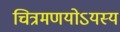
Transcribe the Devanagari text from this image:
चित्रमणयोऽयस्य